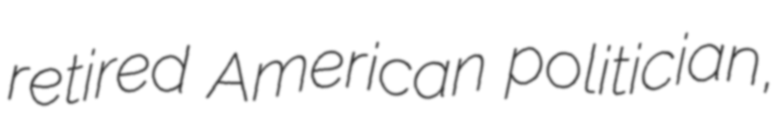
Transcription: retired American politician,